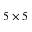
5 \times 5